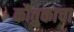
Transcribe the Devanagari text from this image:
कौतुकाचा